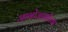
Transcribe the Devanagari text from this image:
जागोजागीच्या